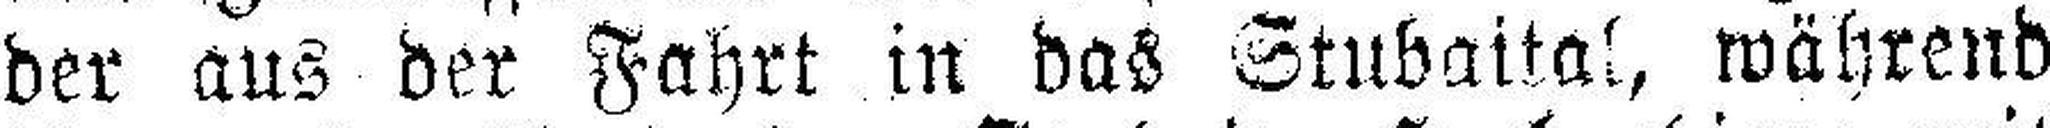
der aus der Fahrt in das Stubaital, während